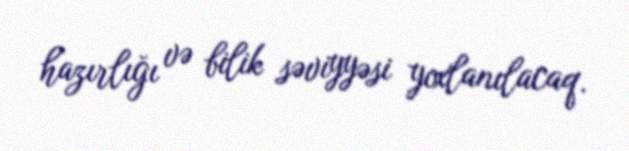
hazırlığı və bilik səviyyəsi yoxlanılacaq.